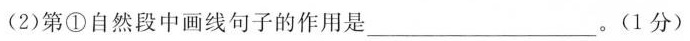
(2)第①自然段中画线句子的作用是___。(1分)